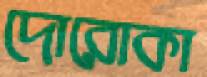
দোরোকা